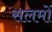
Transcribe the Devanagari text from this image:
सलमों